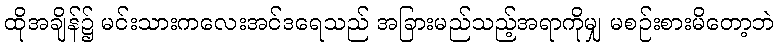
ထိုအချိန်၌ မင်းသားကလေးအင်ဒရေသည် အခြားမည်သည့်အရာကိုမျှ မစဉ်းစားမိတော့ဘဲ